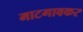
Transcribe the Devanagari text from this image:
माटगावकर